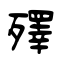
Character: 殬